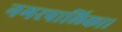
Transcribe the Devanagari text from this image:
नगरपालिका।